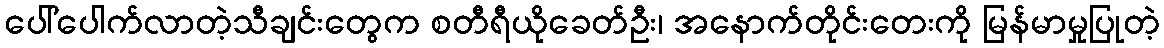
ပေါ်ပေါက်လာတဲ့သီချင်းတွေက စတီရီယိုခေတ်ဦး၊ အနောက်တိုင်းတေးကို မြန်မာမှုပြုတဲ့